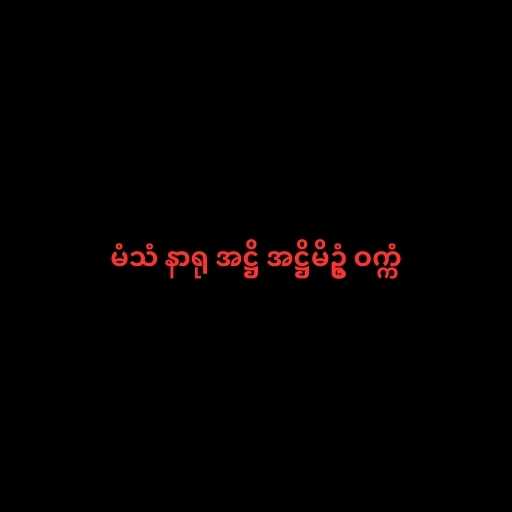
မံသံ နာရု အဋ္ဌိ အဋ္ဌိမိဥ္စံ ဝက္ကံ